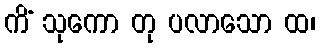
ကိံ သုကော တု ပလာသော ထ၊